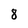
Character: 8